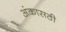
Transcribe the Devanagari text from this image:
अंकासठी